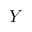
Y